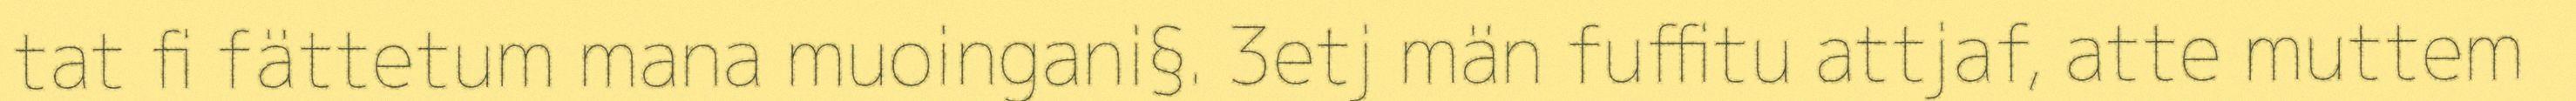
tat fi fättetum mana muoingani§. 3etj män fuffitu attjaf, atte muttem